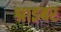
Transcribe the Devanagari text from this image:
श्राइबर